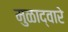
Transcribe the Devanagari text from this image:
मुळाद्वारे